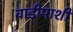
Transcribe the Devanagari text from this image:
वाडीपाशी